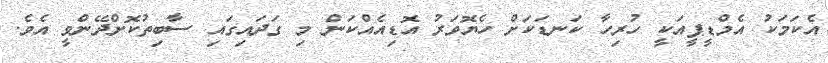
އެކަމަކު އެމްޑީޕީއަކީ ހުރިހާ ކަނޑަކަށް ހެޔޮވަރު އޮޑިއެއްކަން މި ގަދައިގައި ސާބިތުކޮށްދޭންވީ އެވެ.